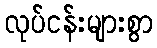
လုပ်ငန်းများစွာ